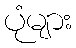
ပုံများ